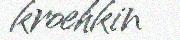
kroehkin